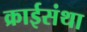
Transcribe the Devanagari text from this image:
क्राईसंथा